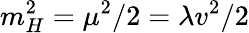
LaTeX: m_{H}^{2}=\mu^{2}/2=\lambda v^{2}/2